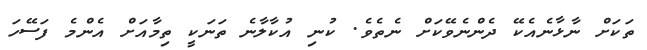
ތަކަށް ނާޅާނެއެކޭ ދެންނެވޭކަށް ނެތެވެ. ކުނި އުކާލާނެ ތަނަކީ ތިމާއަށް އެންމެ ފަސޭހަ